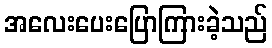
အလေးပေးပြောကြားခဲ့သည်